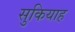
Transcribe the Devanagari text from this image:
सुकियाह